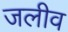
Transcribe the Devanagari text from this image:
जलीव